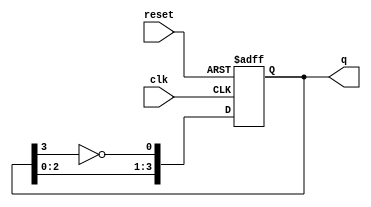
module johnson_counter #(
    parameter N = 4  // Number of flip-flops
)(
    input wire clk,       // Clock signal
    input wire reset,     // Asynchronous reset signal
    output reg [N-1:0] q  // Output representing the current state
);

    // Internal signal for the inverted last flip-flop output
    wire feedback;

    // Assign feedback as the inverted output of the last flip-flop
    assign feedback = ~q[N-1];

    // Sequential logic for the Johnson counter
    always @(posedge clk or posedge reset) begin
        if (reset) begin
            // Asynchronous reset: set all flip-flops to 0
            q <= 0;
        end else begin
            // Shift the state and feed back the inverted last output
            q <= {q[N-2:0], feedback};
        end
    end

endmodule